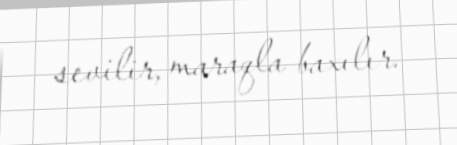
sevilir, maraqla baxılır.